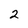
Character: 2